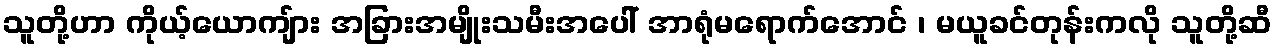
သူတို့ဟာ ကိုယ့်ယောကျ်ား အခြားအမျိုးသမီးအပေါ် အာရုံမရောက်အောင် ၊ မယူခင်တုန်းကလို သူတို့ဆီ